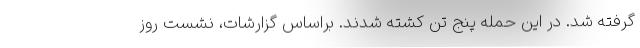
گرفته شد. در این حمله پنج تن کشته شدند. براساس گزارشات، نشست روز